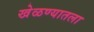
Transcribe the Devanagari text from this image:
खेळण्यातला